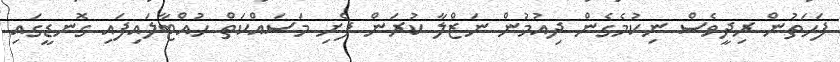
ފަހަތުން ރިދީވެސް ނިކުމެގެން ދިއުމުން ނަޒްލާ ކުރަން ފެށި މަސައްކަތް ހުއްޓާލައިފައި ގޮނޑީގައި